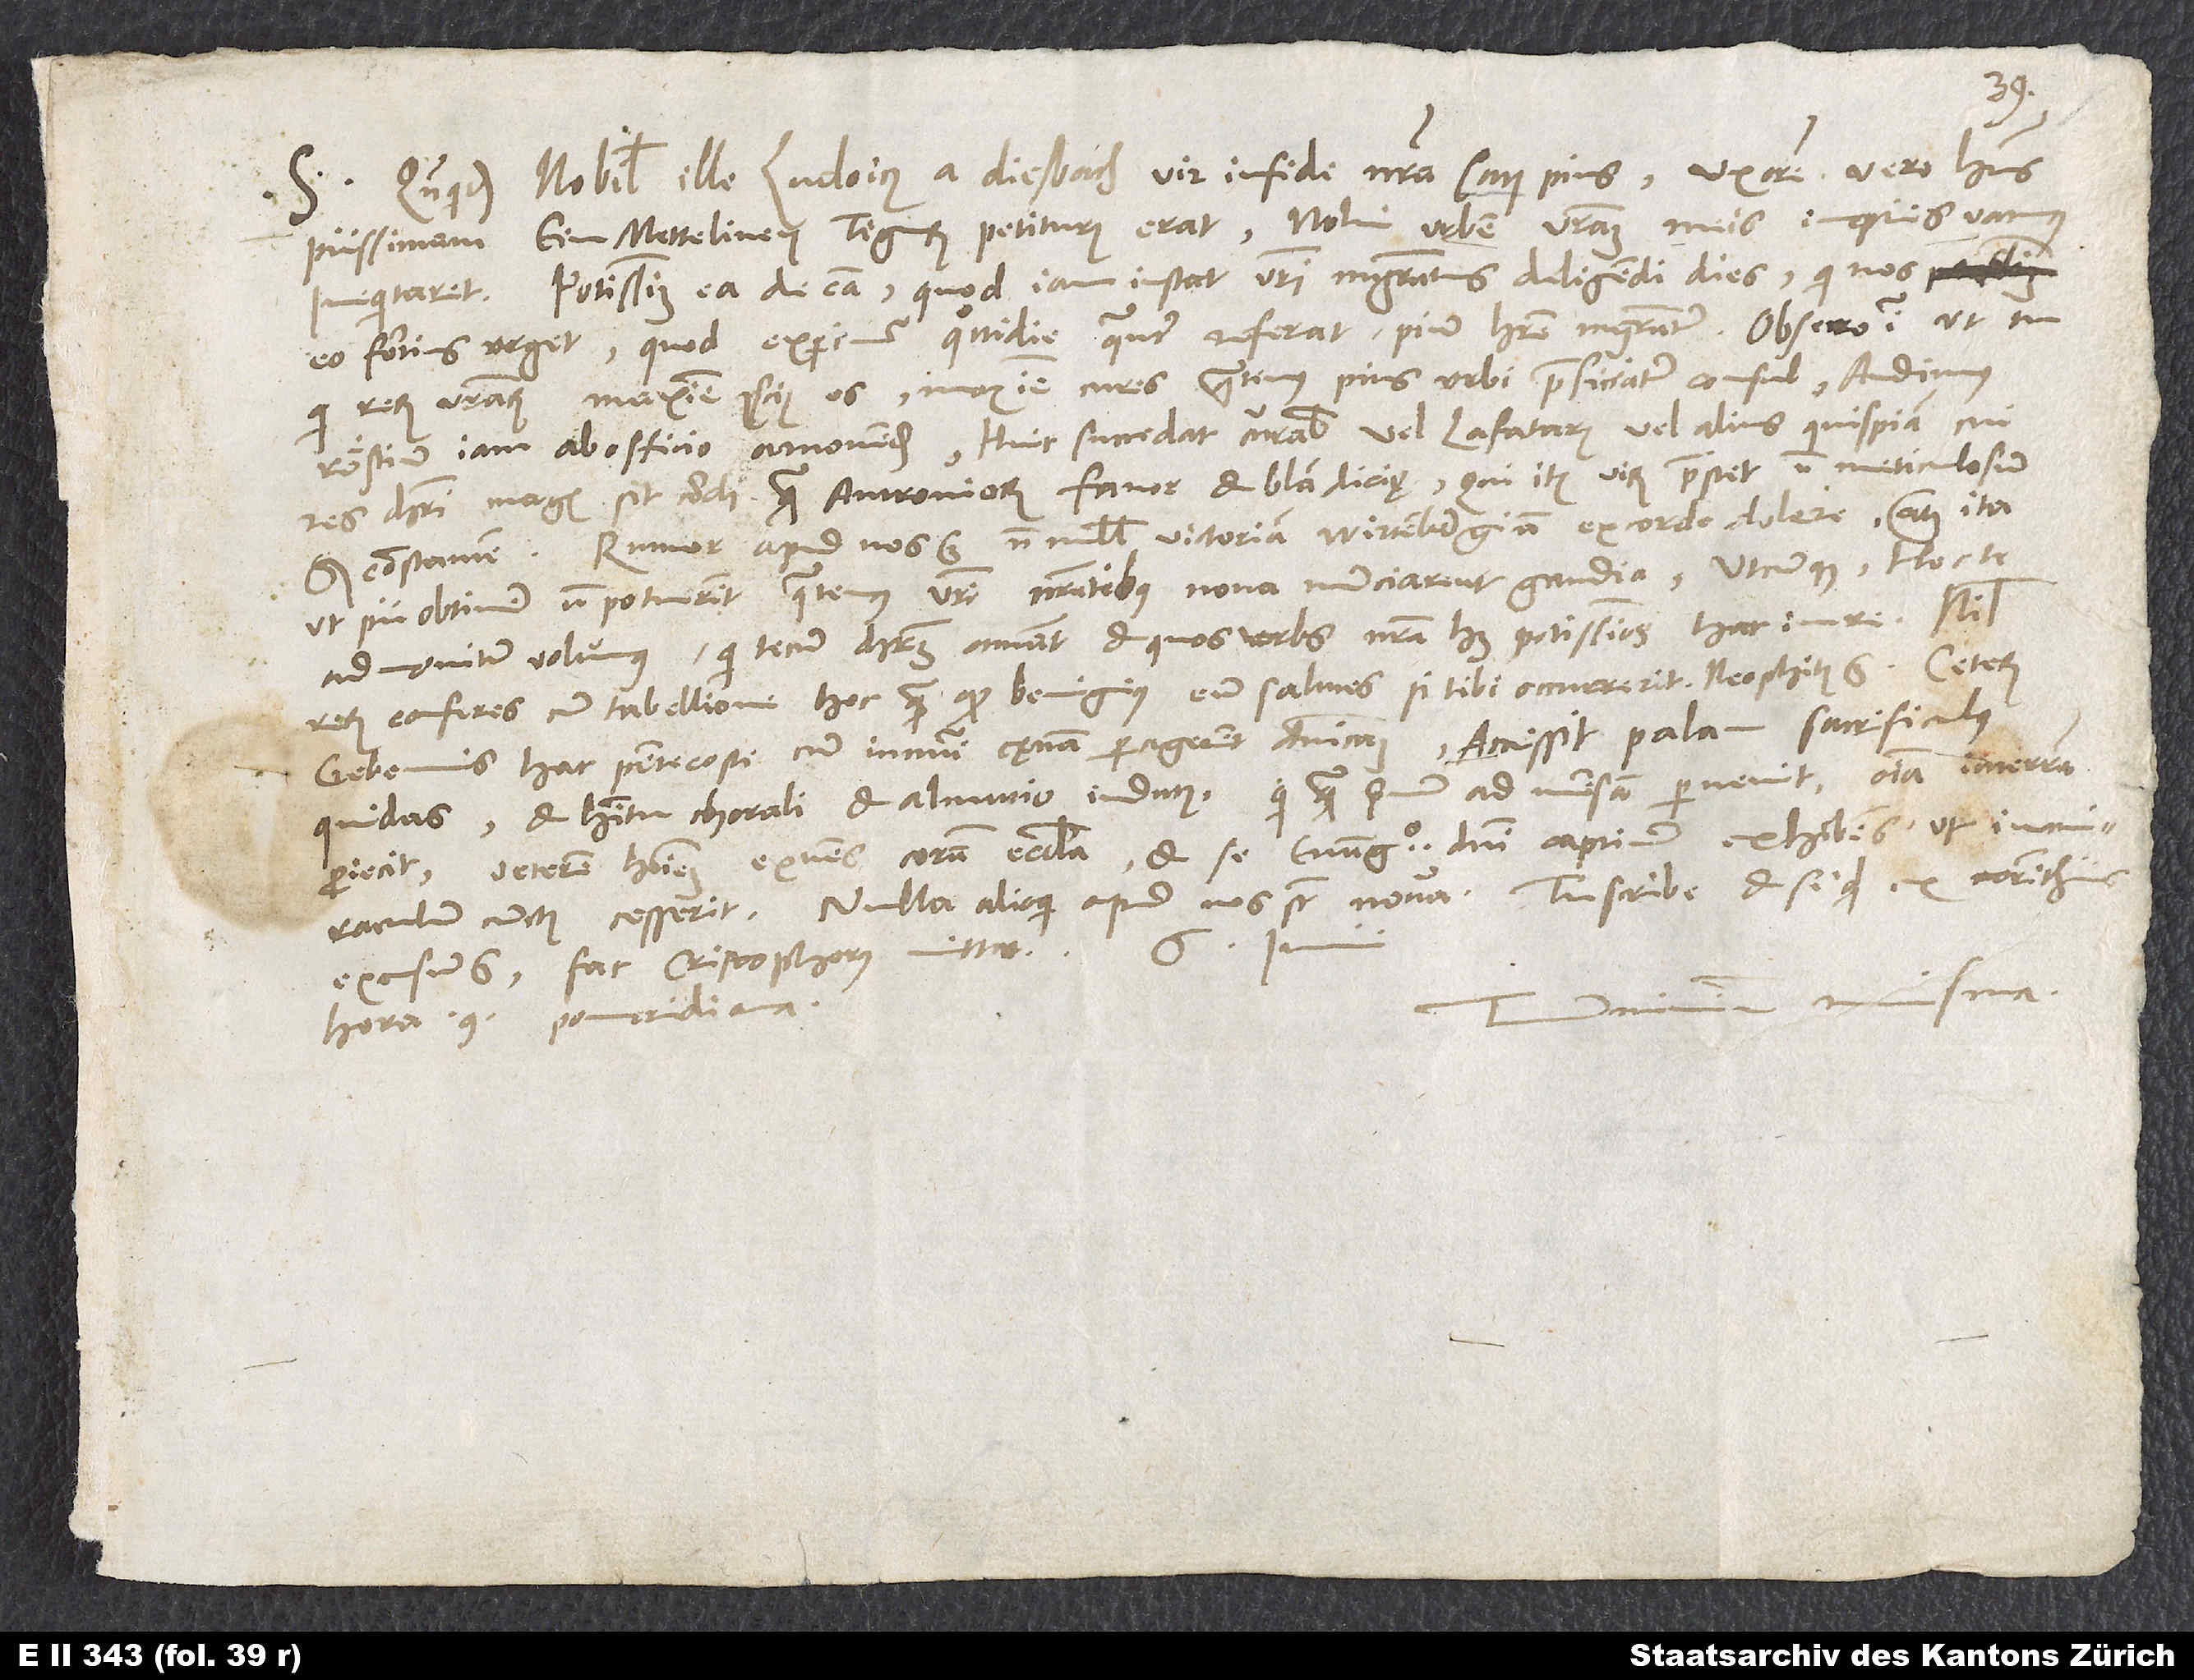
S. Quandoquidem nobilis ille Ludoicus a Diesbach, vir in fide nostra satis pius, uxorem vero habens
piissimam, ein Mettelinen. Tigurum petiturus erat, nolui, urbem vestram meis ineptiis vacuus
inequitaret, potissimum ea de causa, quod iam instat vestri magistratus deligendi dies, qui nos
eo fortius urget, quod experimur quottidie, quantum referat pium habere magistratum.
qui rerum vestrarum maxime conscius es, maxime cures, quatenus Pius urbi praeficiatur consul. Audimus
Röstium iam ab officio amovendum. Huic succedat, curabis, vel Lafaterus vel alius quispiam, cui
res Christi magis sit cordi quam Antroniorum favor et blandicię, qui item virum praestet non meticulosum,
sed constantem. Rumor apud nos est nonnullis victoriam Wirtenbergicam ex corde dolere, atque ita,
ut pii obtinere non potuerint, quatenus vestri nostratibus nova nunciarent gaudia. Utcunque hoc te
admonitum volumus, qui tecum Christum amant et quos urbs nostra habet potissimos hac in re. Nihil
rerum conferes cum tabelhone hoc, quam quod benignius eum salutes, si tibi occurrent: Neophitus est.
Gebennis hac pentecoste cum innumeri cęnam peragerent dominicam, accessit palam sacrificulus
quidam et habitu chorali et almutio indutus. Qui quamprimum ad mensam pervenit, omnia in terram
proiecit veterem hominem exuens coram ecclesia et se evangelio domini captivum exhibens, ut in miraculum
excusum est, fac, Cristophorus mittat.
minimum numisma.
hora 9. pomeridiana.